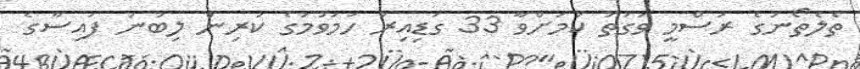
ތެލެތޯނުގެ ރަސްމީ ވަގުތު ކަމަށްވާ 33 ގަޑިއިރު ހަމަވުމުގެ ކުރިން ލިބުނު ފައިސާގެ